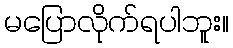
မပြောလိုက်ရပါဘူး။